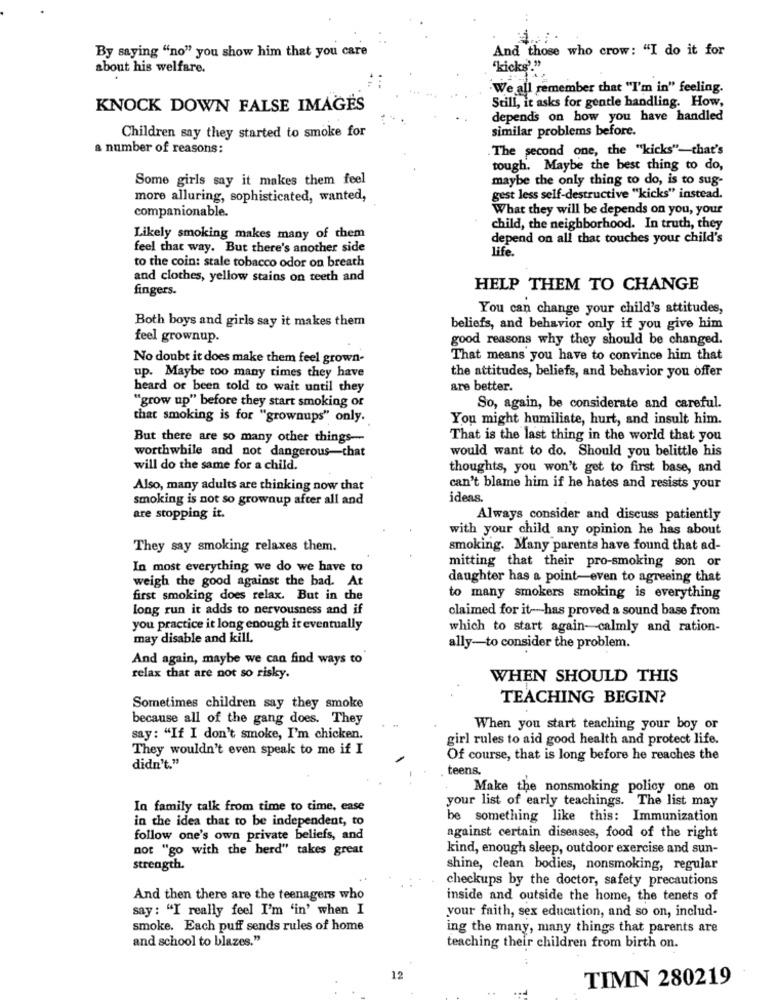
By saying "no" you show him that you care
And those who crow: "I do it for
about his welfare.
"kicks'."
We all remember that "I'm in" feeling.
Still, it asks for gentle handling. How,
KNOCK DOWN FALSE IMAGES
depends on how you have handled
Children say they started to smoke for
similar problems before.
a number of reasons:
The second one, the "kicks"-that's
tough. Maybe the best thing to do,
Some girls say it makes them feel
maybe the only thing to do, is to sug-
more alluring, sophisticated, wanted,
gest less self-destructive "kicks" instead.
companionable.
What they will be depends on you, your
child, the neighborhood. In truth, they
Likely smoking makes many of them
depend on all that touches your child's
feel that way. But there's another side
Life.
to the coin: stale tobacco odor on breath
and clothes, yellow stains on teeth and
fingers.
HELP THEM TO CHANGE
You can change your child's attitudes,
Both boys and girls say it makes them
beliefs, and behavior only if you give him
feel grownup.
good reasons why they should be changed.
No doubt it does make them feel grown-
That means you have to convince him that
up. Maybe too many times they have
the attitudes, beliefs, and behavior you offer
heard of been told to wait until they
are better.
"grow up" before they start smoking of
So, again, be considerate and careful.
that smoking is for "grownups" only.
You might humiliate, hurt, and insult him.
But there are so many other things-
That is the last thing in the world that you
would want to do. Should you belittle his
worthwhile and not dangerous-chat
will do the same for a child.
thoughts, you won't get to first base, and
Also, many adults are thinking now that
can't blame him if he hates and resists your
smoking is not so grownup after all and
ideas.
are stopping it.
Always consider and discuss patiently
with your child any opinion he has about
They say smoking relaxes them.
smoking. Many parents have found that ad-
In most everything we do we have to
mitting that their pro-smoking son or
weigh the good against the bad. At
daughter has a point-even to agreeing that
first smoking does relax. But in the
to many smokers smoking is everything
long run it adds to nervousness and if
claimed for it-has proved a sound base from
you practice it long enough it eventually
which to start again-calmly and ration-
may disable and kill.
ally-to consider the problem.
And again, maybe we can find ways to
relax that are not so risky.
WHEN SHOULD THIS
TEACHING BEGIN?
Sometimes children say they smoke
because all of the gang does. They
When you start teaching your boy or
say : "If I don't smoke, I'm chicken.
girl rules to aid good health and protect life.
They wouldn't even speak to me if I
Of course, that is long before he reaches the
didn't."
teens,
Make the nonsmoking policy one on
your list of early teachings. The list may
In family talk from time to time, ease
in the idea that to be independent, to
be something like this: Immunization
follow one's own private beliefs, and
against certain diseases, food of the right
not "go with the herd" takes great
kind, enough sleep, outdoor exercise and sun-
strength.
shine, clean bodies, nonsmoking, regular
checkups by the doctor, safety precautions
And then there are the teenagers who
inside and outside the home, the tenets of
say : "I really feel I'm 'in' when I
your faith, sex education, and so on, includ-
smoke. Each puff sends rules of home
ing the many, many things that parents are
and school to blazes."
teaching their children from birth on.
12
TIMN 280219